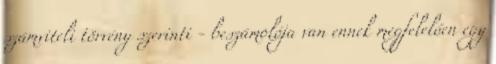
számviteli törvény szerinti - beszámolója van ennek megfelelően egy